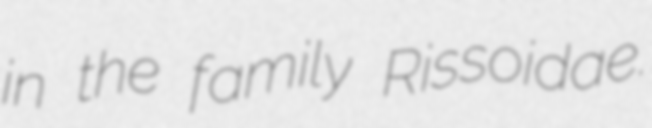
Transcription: in the family Rissoidae.